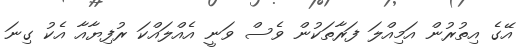
އޭގެ އިތުރުން އަމިއްލަ ފަރާތަކުން ވެސް ވަނީ އެއްލައްކަ ރުފިޔާއާ އެކު ގިނަ